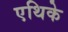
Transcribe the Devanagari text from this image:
एथिके